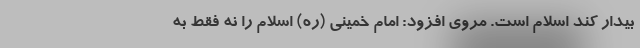
بیدار کند اسلام است. مروی افزود: امام خمینی (ره) اسلام را نه فقط به